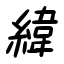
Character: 緯